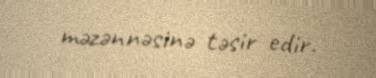
məzənnəsinə təsir edir.